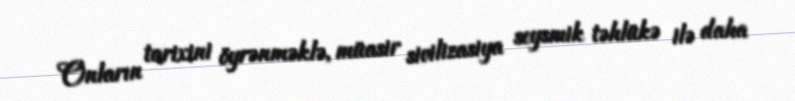
Onların tarixini öyrənməklə, müasir sivilizasiya seysmik təhlükə ilə daha